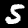
Digit: 5